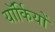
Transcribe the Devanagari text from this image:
यॉर्कियों